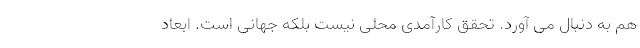
هم به دنبال می آورد. تحققِ کارآمدی محلی نیست بلکه جهانی است. ابعادِ